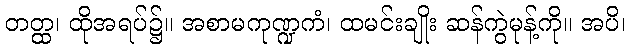
တတ္ထ၊ ထိုအရပ်၌။ အစာမကုဏ္ဍကံ၊ ထမင်းချိုး ဆန်ကွဲမုန့်ကို။ အပိ၊